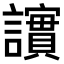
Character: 𫍒